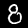
Label: 8